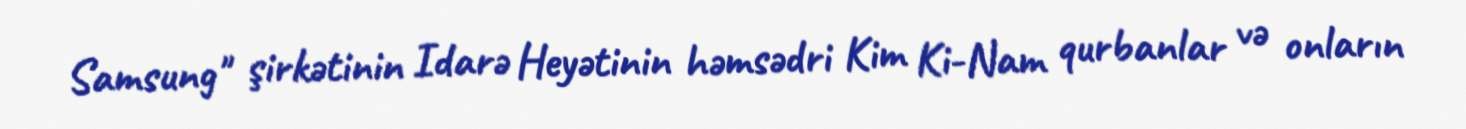
Samsung" şirkətinin Idarə Heyətinin həmsədri Kim Ki-Nam qurbanlar və onların